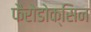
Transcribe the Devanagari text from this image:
फैरोडोक्सिन